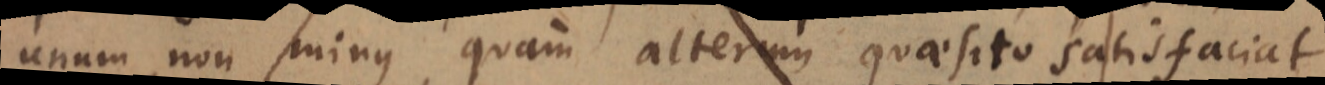
unum non minus, quam alterum quaesito satisfaciat